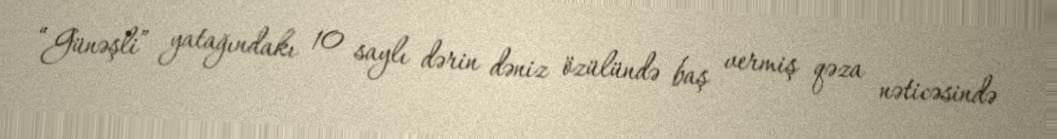
“Günəşli” yatağındakı 10 saylı dərin dəniz özülündə baş vermiş qəza nəticəsində